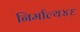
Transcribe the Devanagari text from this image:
निर्माल्य४६